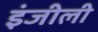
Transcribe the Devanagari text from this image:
इंजीली